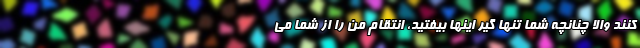
کنند والا چنانچه شما تنها گیر اینها بیفتید، انتقام من را از شما می